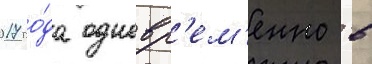
2017 го́да одновр'ем'енно в